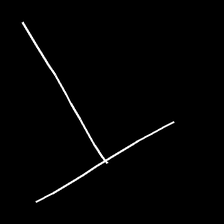
Glyph: column